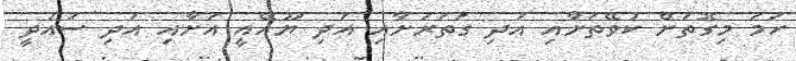
ހަމަ މިގޮތަށް ކުވޭތަށާއި އަދި ގަތަރަށާއި އަދި ޔޫއޭއީ އަށާއި އަދި ސައުދީ